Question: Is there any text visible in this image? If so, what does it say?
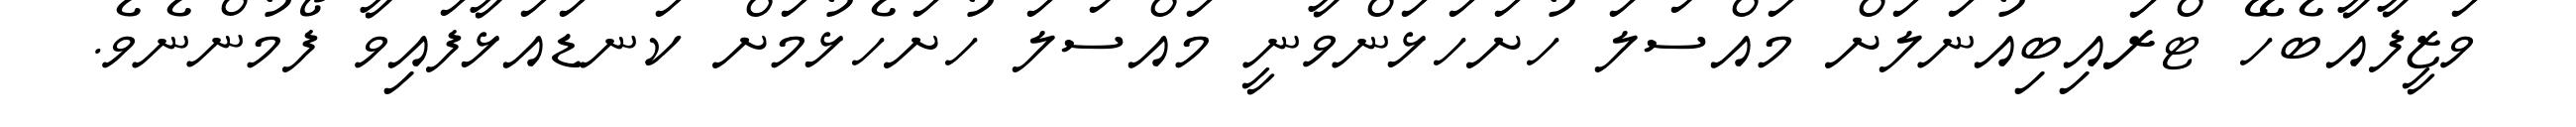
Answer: ވަޒީފާއާބެހޭ ޓްރައިބިއުނަލަށް މައްސަލަ ހުށަހަޅަންވާނީ މައްސަލަ ހުށަހެޅުމަށް ކަނޑައަޅާފައިވާ ފޯމުންނެވެ.